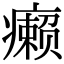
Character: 癞